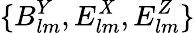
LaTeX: {\{ B_{lm}^{Y},E_{lm}^{\mathit{X}},E_{lm}^{Z}\} }